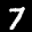
Label: 7